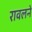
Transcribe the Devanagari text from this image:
रावलने